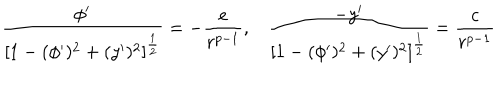
\frac { \phi ^ { \prime } } { \left[ 1 - ( \phi ^ { \prime } ) ^ { 2 } + ( y ^ { \prime } ) ^ { 2 } \right] ^ { \frac { 1 } { 2 } } } = - \frac { e } { r ^ { p - 1 } } , \frac { - y ^ { \prime } } { \left[ 1 - ( \phi ^ { \prime } ) ^ { 2 } + ( y ^ { \prime } ) ^ { 2 } \right] ^ { \frac { 1 } { 2 } } } = \frac { c } { r ^ { p - 1 } }